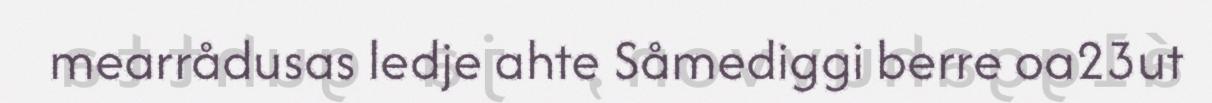
mearrådusas ledje ahte Såmediggi berre oa23ut